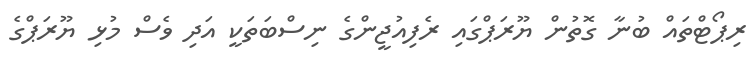
ރިޕޯޓްތައް ބުނާ ގޮތުން ޔޫރަޕްގައި ރެފިއުޖީންގެ ނިސްބަތަކީ އަދި ވެސް މުޅި ޔޫރަޕްގެ